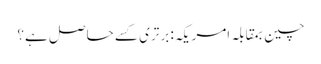
چین بمقابلہ امریکہ: برتری کسے حاصل ہے؟